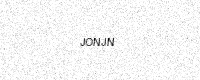
Text: JONJN